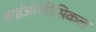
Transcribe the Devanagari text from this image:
बाईओफीसिकल